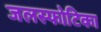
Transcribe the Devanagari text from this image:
जलस्फोटिका